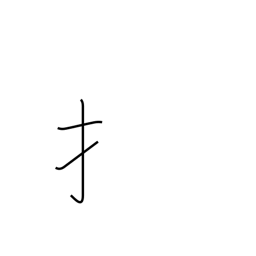
Meaning: hand radical (no. 64)